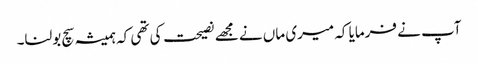
آپ نے فرمایا کہ میری ماں نے مجھے نصیحت کی تھی کہ ہمیشہ سچ بولنا۔